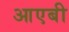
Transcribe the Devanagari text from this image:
आएबी